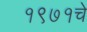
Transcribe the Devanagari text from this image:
१९७१चे